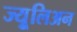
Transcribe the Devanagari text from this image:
ज्युूलिअन